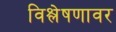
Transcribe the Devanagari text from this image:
विश्लेषणावर